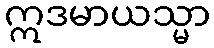
ဣဒမာယသ္မာ